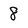
Character: 8